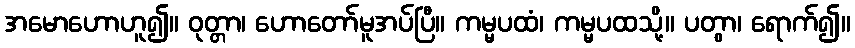
အမောဟောဟူ၍။ ဝုတ္တာ၊ ဟောတော်မူအပ်ပြီ။ ကမ္မပထံ၊ ကမ္မပထသို့။ ပတွာ၊ ရောက်၍။